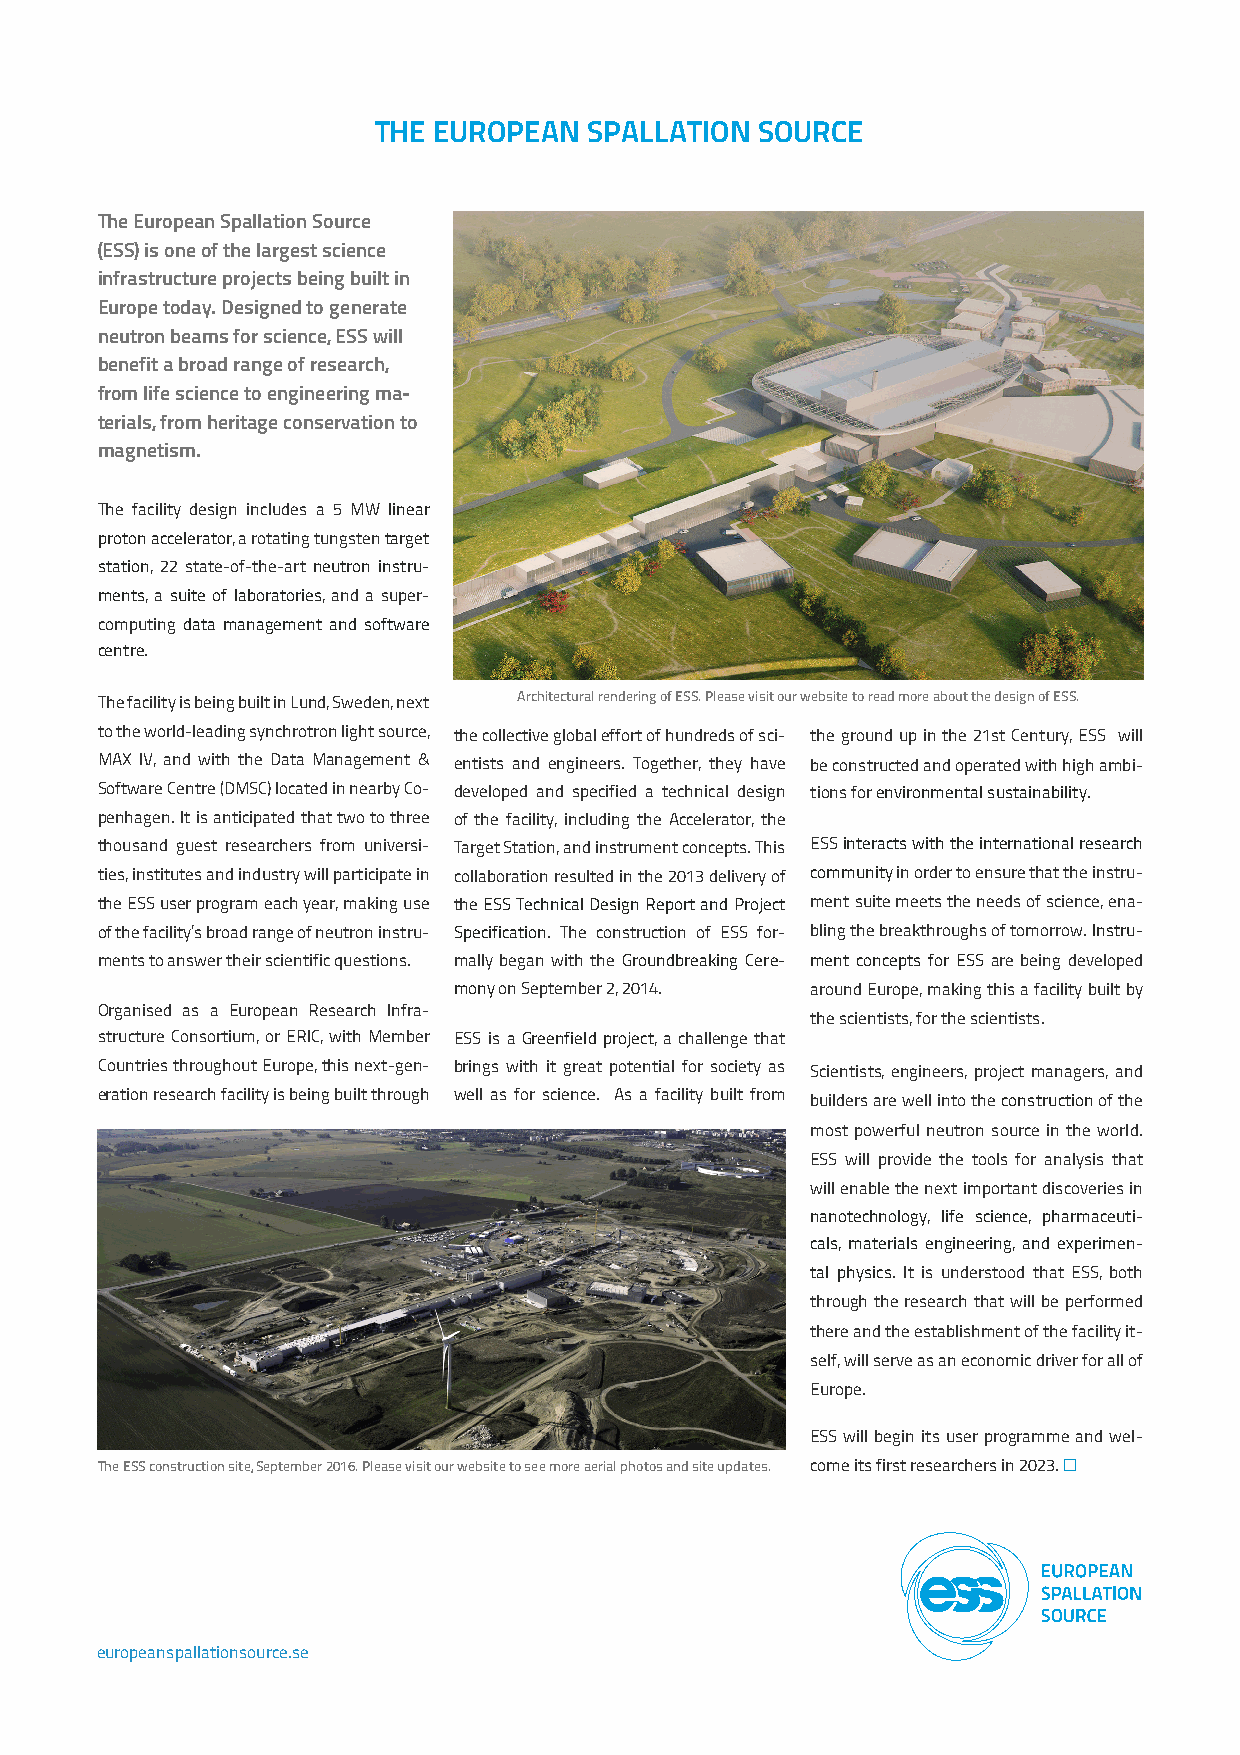
THE EUROPEAN  SPALLATION SOURCE
 The European Spallation Source
 (ESS) is one of the largest science
 infrastructure projects being built in
 Europe today. Designed to generate
 neutron beams for science, ESS will
 benefit a broad range of research,
 from life science to engineering ma-
 terials, from heritage conservation to
 magnetism.
 The facility design includes a 5 MW linear
 proton accelerator, a rotating tungsten target
 station, 22 state-of-the-art neutron instru-
 ments, a suite of laboratories, and a super-
 computing data management and software
 centre.
 The facility is being built in Lund, Sweden, next Architectural rendering of ESS. Please visit our website to read more about the design of ESS.
 to the world-leading synchrotron light source, the collective global effort of hundreds of sci- the ground up in the 21st Century, ESS will
 MAX IV, and with the Data Management & entists and engineers. Together, they have be constructed and operated with high ambi-
 Software Centre (DMSC) located in nearby Co- developed and specified a technical design tions for environmental sustainability.
 penhagen. It is anticipated that two to three of the facility, including the Accelerator, the
 thousand guest researchers from universi- Target Station, and instrument concepts. This ESS interacts with the international research
 ties, institutes and industry will participate in collaboration resulted in the 2013 delivery of community in order to ensure that the instru-
 the ESS user program each year, making use the ESS Technical Design Report and Project ment suite meets the needs of science, ena-
 of the facility’s broad range of neutron instru- Specification. The construction of ESS for- bling the breakthroughs of tomorrow. Instru-
 ments to answer their scientific questions. mally began with the Groundbreaking Cere- ment concepts for ESS are being developed
 mony on September 2, 2014. around Europe, making this a facility built by
 Organised as a European Research Infra-
 the scientists, for the scientists.
 structure Consortium, or ERIC, with Member ESS is a Greenfield project, a challenge that
 Countries throughout Europe, this next-gen- brings with it great potential for society as Scientists, engineers, project managers, and
 eration research facility is being built through well as for science. As a facility built from
 builders are well into the construction of the
 most powerful neutron source in the world.
 ESS will provide the tools for analysis that
 will enable the next important discoveries in
 nanotechnology, life science, pharmaceuti-
 cals, materials engineering, and experimen-
 tal physics. It is understood that ESS, both
 through the research that will be performed
 there and the establishment of the facility it-
 self, will serve as an economic driver for all of
 Europe.
 ESS will begin its user programme and wel-
 The ESS construction site, September 2016. Please visit our website to see more aerial photos and site updates. come its first researchers in 2023. ☐
 europeanspallationsource.se